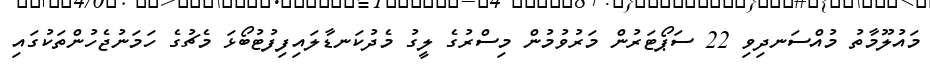
މައުލޫމާތު މުއްސަނދިވި 22 ސަޕޯޓަރުން މަރުވުމުން މިސްރުގެ ލީގު މެދުކަނޑާލައިފިފުޓުބޯޅަ މެޗުގެ ހަމަނުޖެހުންތަކުގައި